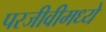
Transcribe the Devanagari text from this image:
परजीवीमध्ये